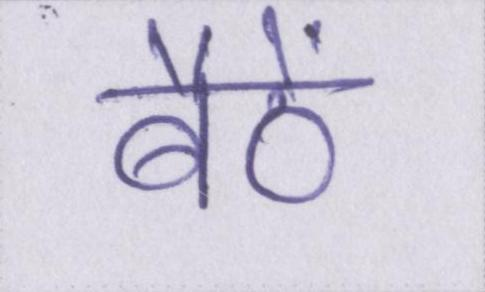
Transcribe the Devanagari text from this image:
बैठें